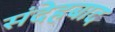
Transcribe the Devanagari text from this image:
संदेहबाद